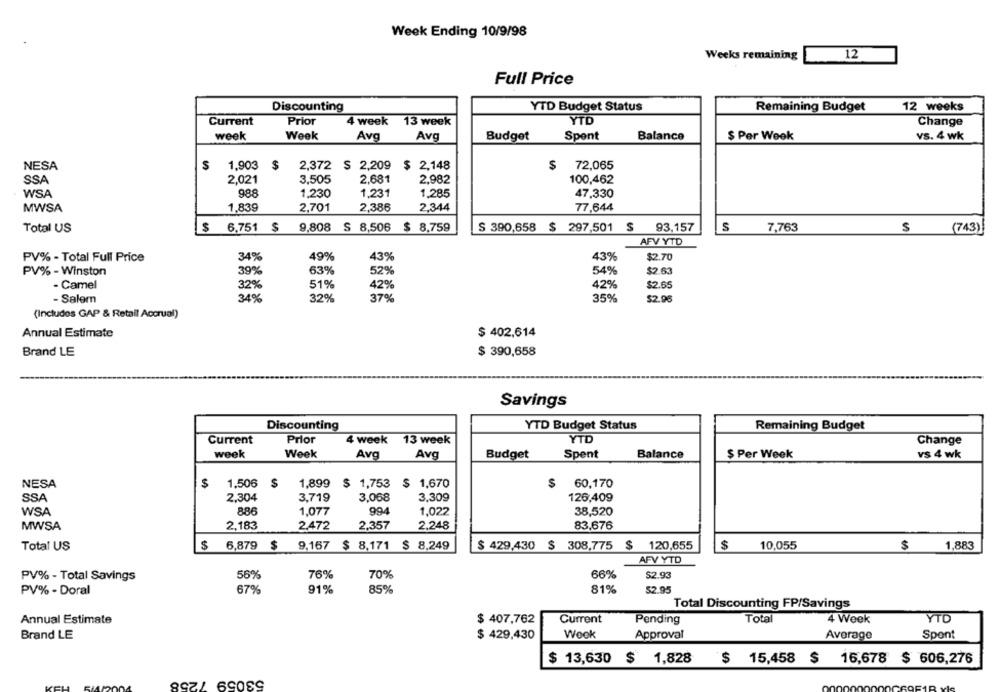
Week Ending 10/9/98
Weeks remaining
12
Full Price
Discounting
YTD Budget Status
Remaining Budget
12 weeks
Current
Prior
4 week
13 week
YTD
Change
week
Week
Avg
Avg
Budget
Spent
Balance
$ Per Week
vs. 4 wk
NESA
$
1,903
$
2,372 $ 2,209 $ 2,148
$ 72,065
SSA
2,021
3,505
2.681
2,982
100,462
WSA
988
1.230
1,231
1.285
47,330
MWSA
1.839
2,701
2,386
2,344
77,644
Total US
6.751 $
9,808 $ 8,506
$ 8,759
S 390,658 $ 297,501 $
93,157
S
7,763
$
(743)
AFV YTD
49%
43%
PV% - Total Full Price
34%
43%
$2.70
39%
63%
PV% - Winston
52%
54%
$2.63
- Camel
32%
51%
42%
42%
$2.65
- Salem
34%
32%
37%
35%
$2.96
(Includes GAP & Retail Accrual)
$ 402.614
Annual Estimate
Brand LE
$ 390,658
Savings
Discounting
YTD Budget Status
Remaining Budget
Current
Prior
4 week
13 week
YTD
Change
week
Week
Avg
Avg
Budget
Spent
Balance
$ Per Week
vs 4 wk
NESA
1,506 $
1,899 $ 1,753 $ 1,670
$
60,170
SSA
2,304
3,719
3,068
3,309
126,409
WSA
886
1,077
994
1.022
38,520
MWSA
2,183
2.472
2,357
2,248
83,676
Total US
$ 6,879 $
9.167 $ 8,171 $ 8,249
$ 429,430 $ 308,775 $ 120.655
$
10.055
$
1,883
AFV YTD
56%
76%
70%
66%
$2.93
PV% - Total Savings
PV% - Doral
67%
91%
85%
81%
52.95
Total Discounting FP/Savings
Annual Estimate
$ 407,762
Current
Pending
Total
4 Week
YTD
Brand LE
$ 429,430
Week
Approval
Average
Spont
$ 13,630 $ 1,828
$ 15,458 $ 16,678 $ 606,276
53059 7258